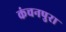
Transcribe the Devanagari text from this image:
कंचनपुरा